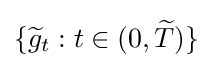
\{{\widetilde {g}}_{t}:t\in (0,{\widetilde {T}})\}